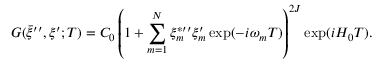
G ( \bar { \xi } ^ { \prime \prime } , \xi ^ { \prime } ; T ) = C _ { 0 } \left( 1 + \sum _ { m = 1 } ^ { N } \xi _ { m } ^ { \ast \prime \prime } \xi _ { m } ^ { \prime } \exp ( - i \omega _ { m } T ) \right) ^ { 2 J } \exp ( i H _ { 0 } T ) .